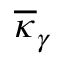
\overline { { \kappa } } _ { \gamma }